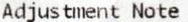
ADJUSTMENT NOTE